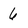
Character: 6